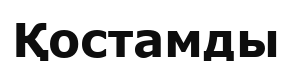
Қостамды